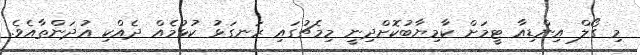
މި ގޯލް އިންޑިއާ ޓީމަށް ކާމިޔާބުކޮށްދިނީ މިމެޗުގައި ރަނގަޅު ކުޅުމެއް ދެއްކި އުދަންތާއެވެ.